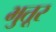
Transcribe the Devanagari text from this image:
भुतूर